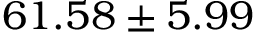
6 1 . 5 8 \pm 5 . 9 9